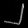
Digit: ၂